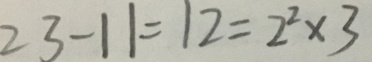
2 3 - 1 1 = 1 2 = 2 ^ { 2 } \times 3